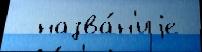
  назва́н'иjе